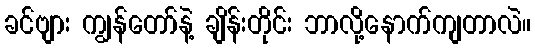
ခင်ဗျား ကျွန်တော်နဲ့ ချိန်းတိုင်း ဘာလို့နောက်ကျတာလဲ။